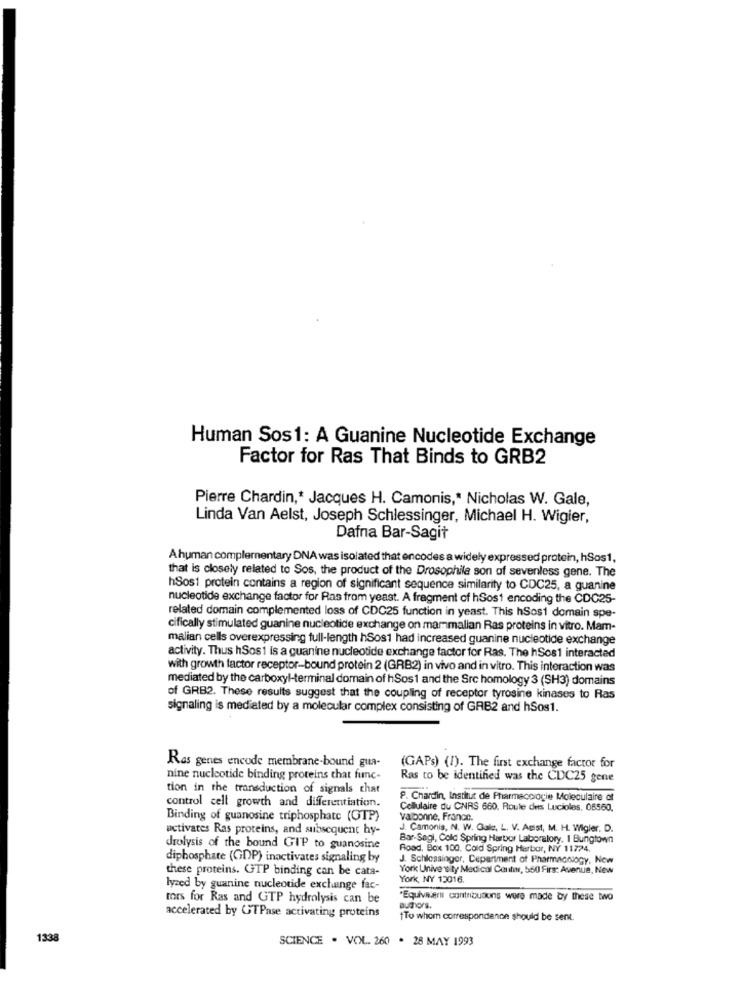
Human Sos1: A Guanine Nucleotide Exchange
Factor for Ras That Binds to GRB2
Pierre Chardin ,* Jacques H. Camonis ,* Nicholas W. Gale,
Linda Van Aelst, Joseph Schlessinger, Michael H. Wigier,
Dafna Bar-Sagit
Ahuman complementary DNA was isolated that encodes a widely expressed protein, hSos1,
that is closely related to Sos, the product of the Drosophila son of sevenless gene. The
hSos1 protein contains a region of significant sequence similarity to CDC25, a guanine
nucleotide exchange factor for Ras from yeast. A fragment of hSost encoding the CDC25-
related domain complemented loss of CDC25 function in yeast. This hSos1 domain spe-
cifically stimulated guanine nucleotide exchange on mammalian Ras proteins in vitro. Mam-
malian cells overexpressing full-length hSos1 had increased guanine nucleotide exchange
activity. Thus hSos1 is a guanine nucleotide exchange factor for Ras. The hSos1 interacted
with growth factor receptor-bound protein 2 (GRB2) in vivo and in vitro. This interaction was
mediated by the carboxyl-terminal domain of h Sos1 and the Src homology 3 (SH3) domains
of GRB2. These results suggest that the coupling of receptor tyrosine kinases to Ras
signaling is mediated by a molecular complex consisting of GAB2 and hSos1.
Ras genes encode membrane-bound gua-
(GAPs) (1). The first exchange factor for
nine nucleotide binding proteins chat func-
Ras to be identified was the CDC25 gene
tion in the transduction of signals chat
control cell growth and differentiation.
P. Chardin, Institut de Pharmacologie Moleculaire of
Cellulaire du CNRS 660. Roule des Lucioles, 06560.
Binding of guanosine triphosphate (GTP)
valbonne, France.
activates Ras proteins, and subsequent hy-
J. Camonis, N. W. Gale, L. V. Agist, M. H. Wigler. D.
Bar-Sagi, Cold Spring Harbor Laboratory. 1 Bungtown
drolysis of the bound GIP to guanosine
Road, Box 100. Cold Spring Harbor, NY 11724.
diphosphate (GDP) inactivates signaling by
J. Schlossinger, Ceperiment of Pharmacology, New
these proteins. GTP binding can be cata-
York University Medical Contin, 560 Firs: Avenue, New
York, NY 12016.
lyzed by guanine nucleotide exchange fac-
mors for Ras and GTP hydrolysis can be
*Equivalenti contributions were made by these two
autors.
accelerated by GTPase activating proteins
To whom correspondence should be sent.
1338
SCIENCE . VOL. 260 . 28 MAY 1993